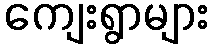
ကျေးရွာများ